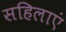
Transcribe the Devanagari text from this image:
सहिलाएं